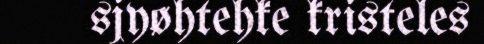
sjyøhtehke kristeles